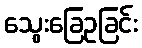
သွေးခြေဥခြင်း